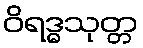
ဝိရဒ္ဓသုတ္တ